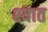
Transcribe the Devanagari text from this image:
श्यात